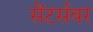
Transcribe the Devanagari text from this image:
सेंटर्सवर